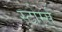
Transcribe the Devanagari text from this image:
स्टोर्म्स